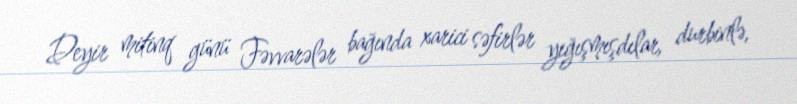
Deyir mitinq günü Fəvvarələr bağında xarici səfirlər yığışmışdılar, durbinlə,